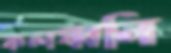
কলধ্বনি